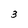
Character: 3